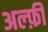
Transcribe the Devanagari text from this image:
अल्फ़ी